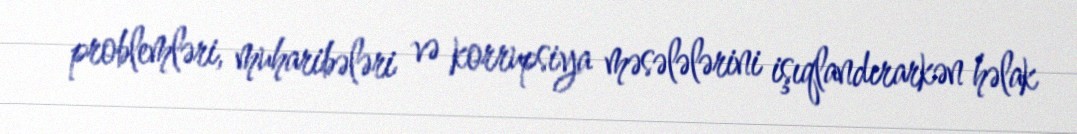
problemləri, muharibələri və korrupsiya məsələlərini işıqlandırarkən həlak